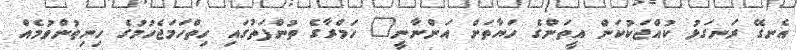
އެނގޭ ރަނގަޅު ކުއްޖަކުކަން އީތަންގެ ހަޔާތަށް އަންނާނީ" ހަމްރާގެ ތުންފަތުގައި ހިތްހަމަޖެހުމުގެ ހިނިތުންވުމެއް